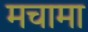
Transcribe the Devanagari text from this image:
मचामा